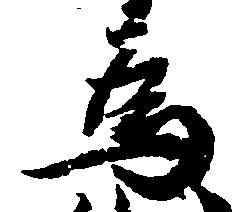
為